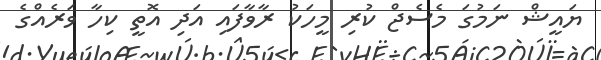
ޔައީޝް ނަމުގަ މެސެޖް ކުރި މީހަކު ރާވާފައި އަދި އޮތީ ކިހާ ވަރެއްގެ